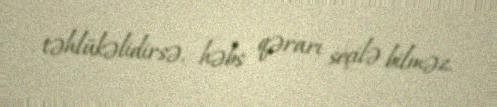
təhlükəlidirsə, həbs qərarı seçilə bilməz.